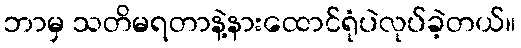
ဘာမှ သတိမရတာနဲ့နားထောင်ရုံပဲလုပ်ခဲ့တယ်။